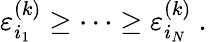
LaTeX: \varepsilon_{i_{1}}^{(k)}\geq\cdots\geq\varepsilon_{i_{N}}^{(k)}\mathrm{~.~}